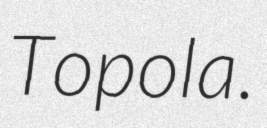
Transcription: Topola.